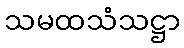
သမထသံသဋ္ဌာ